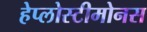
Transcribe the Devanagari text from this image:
हेप्लोस्टीमोनस